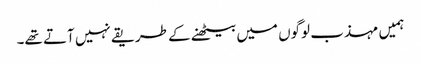
ہمیں مہذب لوگوں میں بیٹھنے کے طریقے نہیں آتے تھے۔